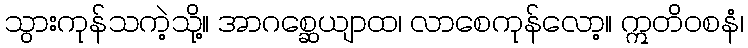
သွားကုန်သကဲ့သို့။ အာဂစ္ဆေယျာထ၊ လာစေကုန်လော့။ ဣတိဝစနံ၊